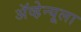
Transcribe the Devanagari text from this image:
ॲव्हेन्यूला